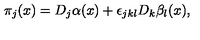
\pi _ { j } ( x ) = D _ { j } \alpha ( x ) + \epsilon _ { j k l } D _ { k } \beta _ { l } ( x ) ,